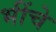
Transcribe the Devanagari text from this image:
भींचे